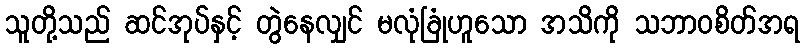
သူတို့သည် ဆင်အုပ်နှင့် တွဲနေလျှင် မလုံခြုံဟူသော အသိကို သဘာဝစိတ်အရ